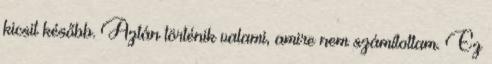
kicsit később. Aztán történik valami, amire nem számítottam. Ez